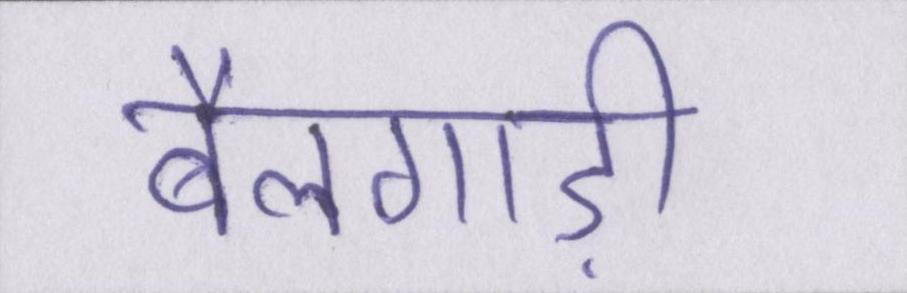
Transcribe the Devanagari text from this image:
बैलगाड़ी